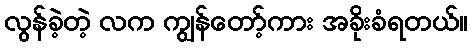
လွန်ခဲ့တဲ့ လက ကျွန်တော့်ကား အခိုးခံရတယ်။